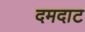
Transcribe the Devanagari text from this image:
दमदाट